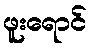
ဖူးရောင်